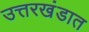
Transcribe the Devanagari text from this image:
उत्तरखंडात